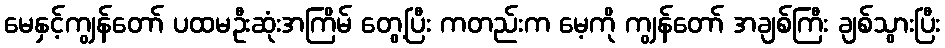
မေနှင့်ကျွန်တော် ပထမဦးဆုံးအကြိမ် တွေ့ပြီး ကတည်းက မေ့ကို ကျွန်တော် အချစ်ကြီး ချစ်သွားပြီး